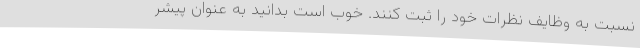
نسبت به وظایف نظرات خود را ثبت کنند. خوب است بدانید به عنوان پیشر